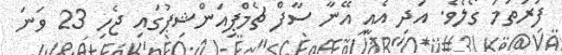
ފުރަތަމަ ގޯލެވެ. އަދި އެއީ އޭނާ ސާފް ޗެމްޕިއަންޝިޕުގައި ޖެހި 23 ވަނަ